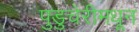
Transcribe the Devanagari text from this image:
पुडुचेरीमधून